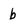
Character: b